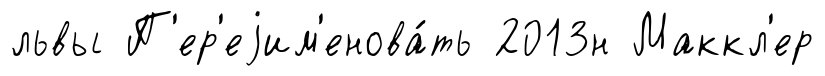
львы П'ер'еjим'енова́ть 2013н Маккл'ер